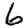
Digit: 6